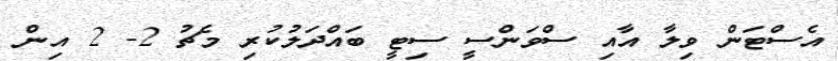
އެސްޓަން ވިލާ އާއި ސްވަންސީ ސިޓީ ބައްދަލުކުރި މެޗު 2- 2 އިން